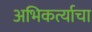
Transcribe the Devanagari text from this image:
अभिकर्त्याचा